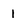
Character: I